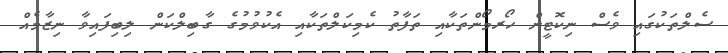
ސެލްތަކުގައި ވެސް ނިކޮޓީން ހޯރމޯންތަކާއި ތަފާތު ކެމިކަލްތަކާއި އެކުވުމުގެ ގާބިލްކަން ލިބިފައިވާ ނިޒާމެއް